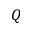
Q